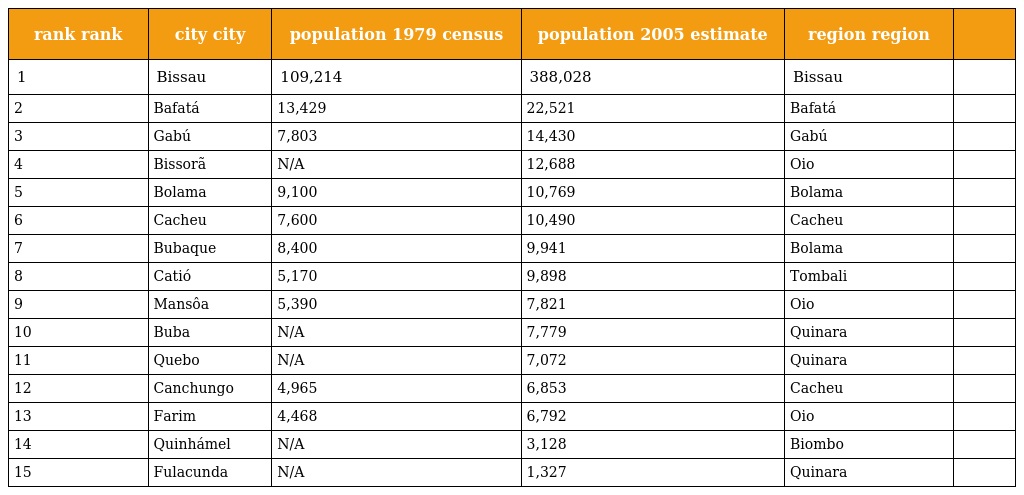
| rank rank | city city | population 1979 census | population 2005 estimate | region region |  |
 | --- | --- | --- | --- | --- | --- |
 | 1 | Bissau | 109,214 | 388,028 | Bissau |  |
 | 2 | Bafatá | 13,429 | 22,521 | Bafatá |  |
 | 3 | Gabú | 7,803 | 14,430 | Gabú |  |
 | 4 | Bissorã | N/A | 12,688 | Oio |  |
 | 5 | Bolama | 9,100 | 10,769 | Bolama |  |
 | 6 | Cacheu | 7,600 | 10,490 | Cacheu |  |
 | 7 | Bubaque | 8,400 | 9,941 | Bolama |  |
 | 8 | Catió | 5,170 | 9,898 | Tombali |  |
 | 9 | Mansôa | 5,390 | 7,821 | Oio |  |
 | 10 | Buba | N/A | 7,779 | Quinara |  |
 | 11 | Quebo | N/A | 7,072 | Quinara |  |
 | 12 | Canchungo | 4,965 | 6,853 | Cacheu |  |
 | 13 | Farim | 4,468 | 6,792 | Oio |  |
 | 14 | Quinhámel | N/A | 3,128 | Biombo |  |
 | 15 | Fulacunda | N/A | 1,327 | Quinara |  |